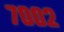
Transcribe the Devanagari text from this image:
७००२